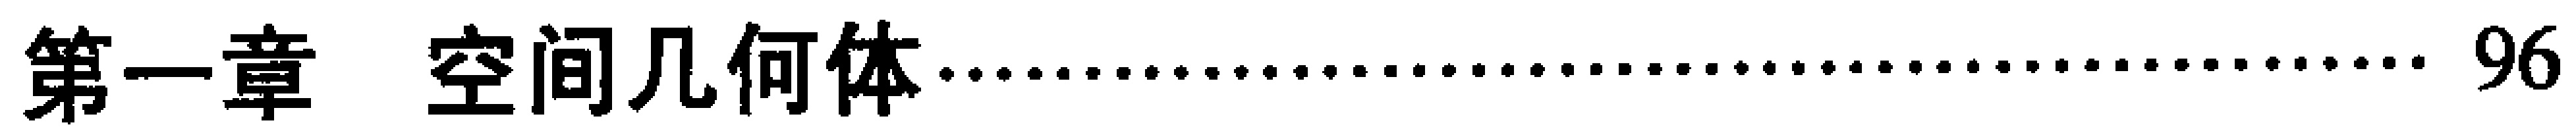
第一章 空间几何体\dotfill{96}